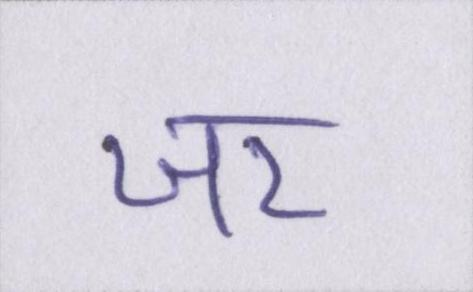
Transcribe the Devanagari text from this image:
जर